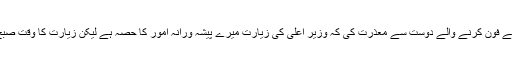
چونکہ میری جان پر نہیں بنی تھی اس لیے فون کرنے والے دوست سے معذرت کی کہ وزیر اعلیٰ کی زیارت میرے پیشہ ورانہ امور کا حصہ ہے لیکن زیارت کا وقت صبح چھ کی بجائے کوئی اور رکھ لیا جائے۔